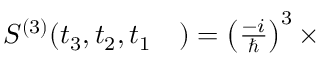
\begin{array} { r l } { S ^ { ( 3 ) } ( t _ { 3 } , t _ { 2 } , t _ { 1 } } & { { } ) = \left( \frac { - i } { \hbar } \right) ^ { 3 } \times } \end{array}